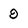
Character: 9